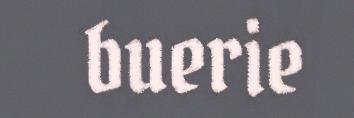
buerie